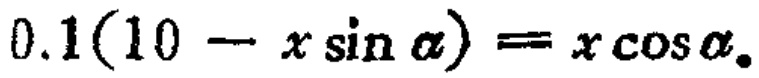
\(0.1(10 - x\sin\alpha)=x\cos\alpha\)